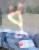
ধু